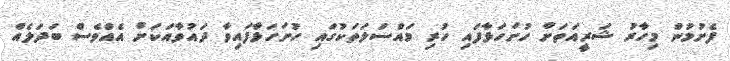
ފެށުމުން މިހާރު ޝަރީއަތަށް ހުށަހަޅާފައި ހުރި މައްސަލަތަކުގައި ހުށަހަޅާފައިވާ ދައުވާއަކަށް އެއްވެސް ބަދަލެއް